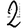
Digit: 2